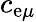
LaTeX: c_{\mathrm{e}\mu}